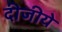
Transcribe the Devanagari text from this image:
दीजीये